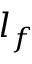
l _ { f }